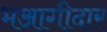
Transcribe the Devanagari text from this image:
भआगीदार